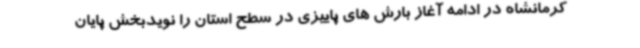
کرمانشاه در ادامه آغاز بارش های پاییزی در سطح استان را نویدبخش پایان